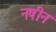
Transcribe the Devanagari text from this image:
नषीन